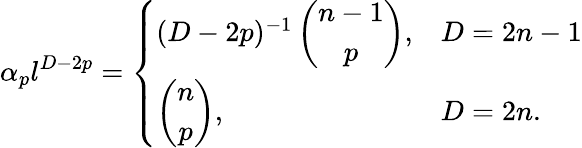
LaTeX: \alpha_{p}l^{D-2p}=\left\{ \begin{array}{ll}{{(D-2p)^{-1}\left(\begin{array}{c}{{n-1}}\\ {{p}}\end{array}\right),}}&{{D=2n-1}}\\ {{\left(\begin{array}{c}{{n}}\\ {{p}}\end{array}\right),}}&{{D=2n.}}\end{array}\right.